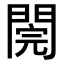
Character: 𨵄